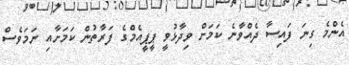
އެންމެ ގިނަ ފައިސާ ދެއްވާނެ ކަމަށް ވިދާޅުވީ ޕީޕީއެމްގެ ފަރާތުން ކަމަށާއި ނަމަވެސް